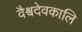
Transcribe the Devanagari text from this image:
वैश्वदेवकालि